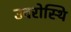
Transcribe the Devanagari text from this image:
उदरोस्थि